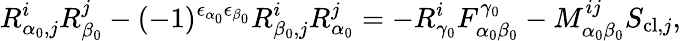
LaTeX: R_{\alpha_{0},j}^{i}R_{\beta_{0}}^{j}-(-1)^{\epsilon_{\alpha_{0}}\epsilon_{\beta_{0}}}R_{\beta_{0},j}^{i}R_{\alpha_{0}}^{j}=-R_{\gamma_{0}}^{i}F_{\alpha_{0}\beta_{0}}^{\gamma_{0}}-M_{\alpha_{0}\beta_{0}}^{ij}S_{\mathrm{cl},j},